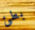
بطئ